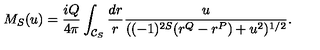
M _ { S } ( u ) = \frac { i Q } { 4 \pi } \int _ { { \cal C } _ { S } } \frac { d r } { r } \frac { u } { ( ( - 1 ) ^ { 2 S } ( r ^ { Q } - r ^ { P } ) + u ^ { 2 } ) ^ { 1 / 2 } } .